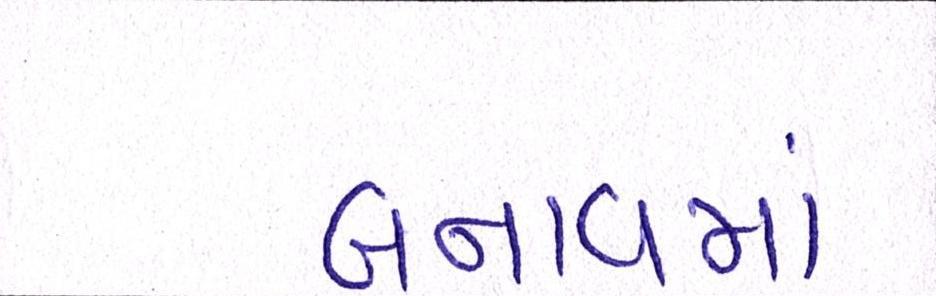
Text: બનાવમાં